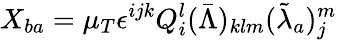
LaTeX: X_{ba}=\mu_{T}\epsilon^{ijk}Q_{i}^{l}(\bar{\Lambda})_{klm}(\tilde{\lambda}_{a})_{j}^{m}